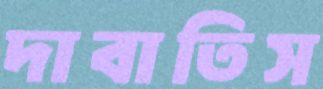
দাবাতিস